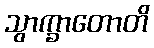
သွာက္ခာတောတိ